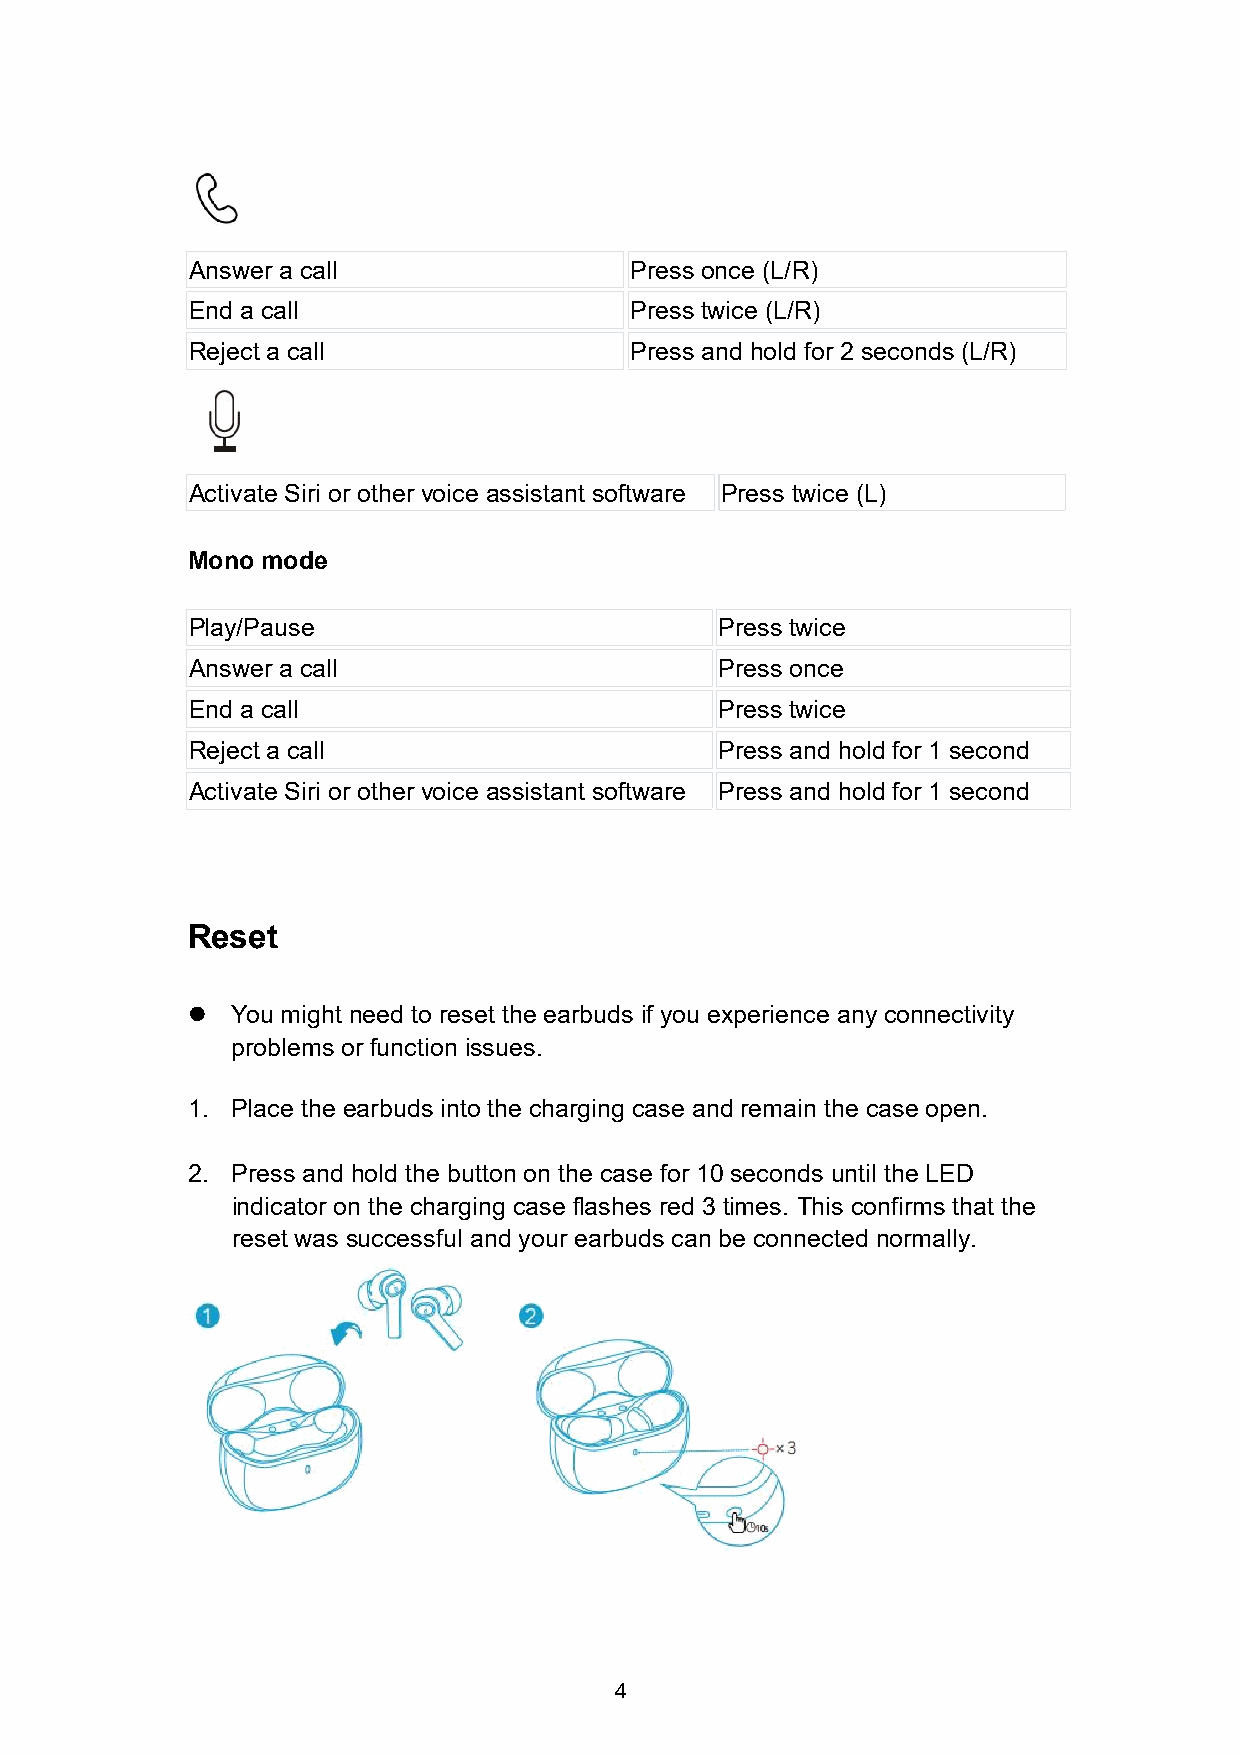
Answer a call                 Press once (L/R)
 End a call                    Press twice (L/R)
 Reject a call                 Press and hold for 2 seconds (L/R)
 Activate Siri or other voice assistant software Press twice (L)
 Mono mode
 Play/Pause                          Press twice
 Answer a call                       Press once
 End a call                          Press twice
 Reject a call                       Press and hold for 1 second
 Activate Siri or other voice assistant software Press and hold for 1 second
 Reset
   You might need to reset the earbuds if you experience any connectivity
 problems or function issues.
 1. Place the earbuds into the charging case and remain the case open.
 2. Press and hold the button on the case for 10 seconds until the LED
 indicator on the charging case flashes red 3 times. This confirms that the
 reset was successful and your earbuds can be connected normally.
 4